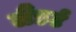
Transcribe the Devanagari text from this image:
लैंडर्ट